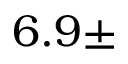
6 . 9 \pm